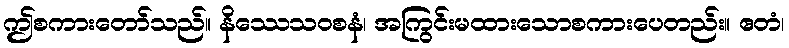
ဤစကားတော်သည်။ နိဿေသဝစနံ၊ အကြွင်းမထားသောစကားပေတည်း။ ဧတံ၊